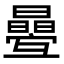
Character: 㬪